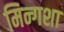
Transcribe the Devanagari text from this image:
मिन्गशा